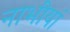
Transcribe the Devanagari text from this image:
नाभीयां